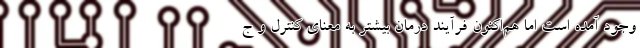
وجود آمده است اما هم‌اکنون فرآیند درمان بیشتر به‌ معنای کنترل و ج